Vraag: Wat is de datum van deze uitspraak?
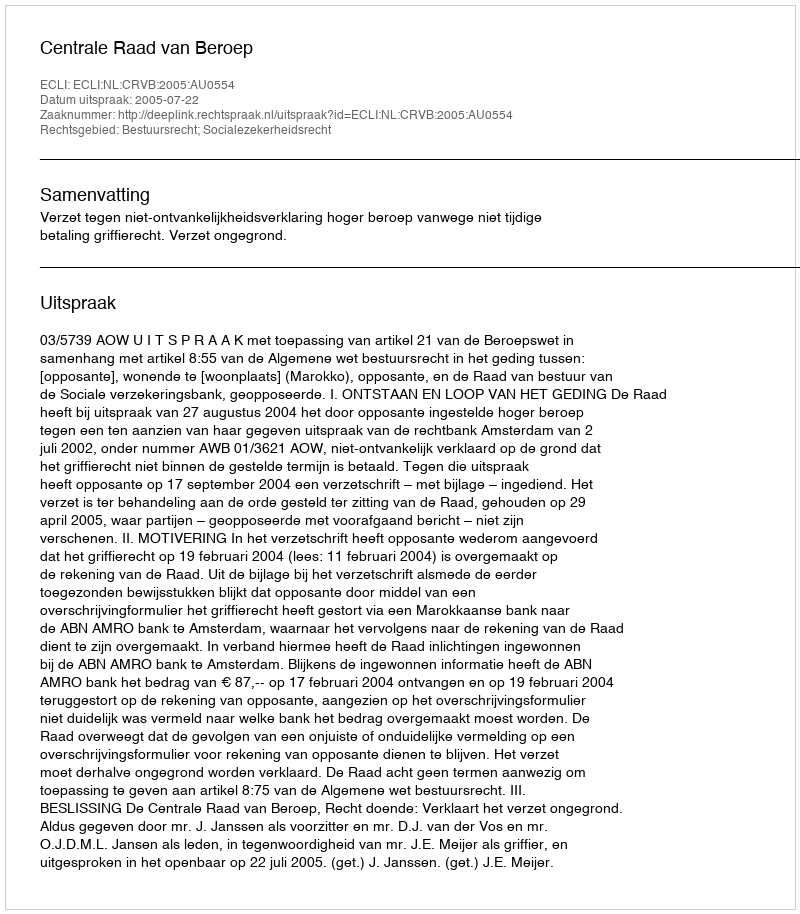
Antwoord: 2005-07-22